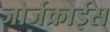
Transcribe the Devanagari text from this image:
जोर्जक्राईस